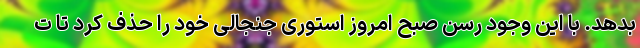
بدهد. با این وجود رسن صبح امروز استوری جنجالی خود را حذف کرد تا ت